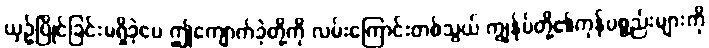
ယှဉ်ပြိုင်ခြင်းမရှိခဲ့ပေ ဤကျောက်ခဲ့တို့ကို လမ်းကြောင်းတစ်သွယ် ကျွန်ုပ်တို့၏ကုန်ပစ္စည်းများကို